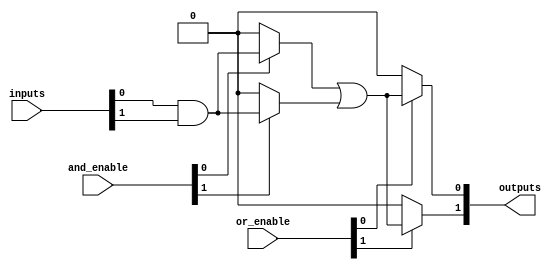
module SPAL #(
    parameter NUM_INPUTS = 8,    // Number of input lines
    parameter NUM_AND_GATES = 4,  // Number of AND gates
    parameter NUM_OR_GATES = 2     // Number of OR gates
)(
    input  wire [NUM_INPUTS-1:0] inputs,          // Input lines
    input  wire [NUM_AND_GATES-1:0] and_enable,   // Enable signals for AND gates
    input  wire [NUM_OR_GATES-1:0] or_enable,      // Enable signals for OR gates
    output wire [NUM_OR_GATES-1:0] outputs          // Output lines
);

// Internal signals for AND gate outputs
wire [NUM_AND_GATES-1:0] and_outputs;

// Programmable AND array
genvar i, j;
generate
    for (i = 0; i < NUM_AND_GATES; i = i + 1) begin : and_array
        // Each AND gate can be programmed to include certain inputs
        // For simplicity, we use a fixed configuration for this example
        assign and_outputs[i] = (and_enable[i]) ? 
                                 (inputs[0] & inputs[1]) : 1'b0; // Example AND gate logic
    end
endgenerate

// Programmable OR array
genvar k;
generate
    for (k = 0; k < NUM_OR_GATES; k = k + 1) begin : or_array
        // Combine outputs from the AND gates based on enable signals
        assign outputs[k] = (or_enable[k]) ? 
                            (and_outputs[0] | and_outputs[1]) : 1'b0; // Example OR gate logic
    end
endgenerate

endmodule